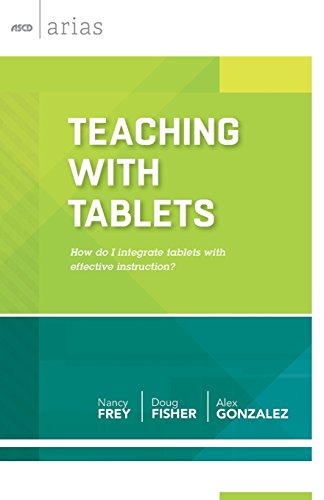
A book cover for Teaching with Tablets: How do I integrate tablets with effective instruction? (ASCD Arias); Nancy Frey; Computers & Technology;